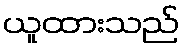
ယူထားသည်